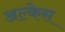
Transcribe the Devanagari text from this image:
अल्केस